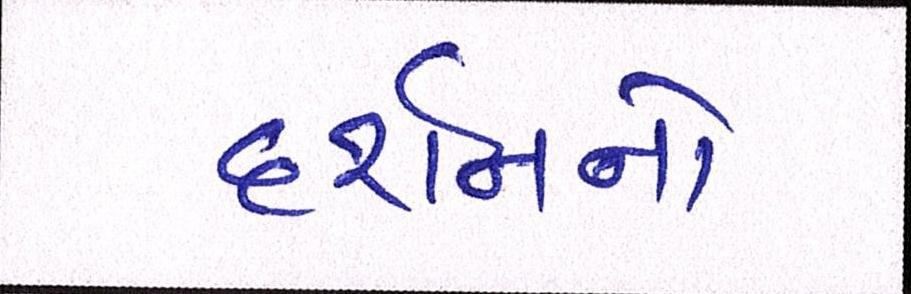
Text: દર્શનનો